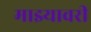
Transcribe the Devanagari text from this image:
माझ्यावरी